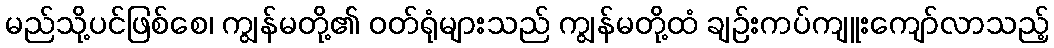
မည်သို့ပင်ဖြစ်စေ၊ ကျွန်မတို့၏ ဝတ်ရုံများသည် ကျွန်မတို့ထံ ချဉ်းကပ်ကျူးကျော်လာသည့်